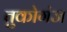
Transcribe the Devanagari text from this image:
तुकोगंज